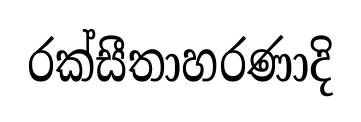
රක්සීතාහරණාදි